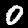
Label: 0